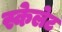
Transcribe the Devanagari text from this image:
स्केलेट